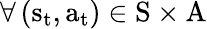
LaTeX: \forall\left({{\mathrm{{s}}_{\mathrm{{t}}}},{\mathrm{{a}}_{\mathrm{{t}}}}}\right)\in\mathrm{{S}}\times\mathrm{{A}}